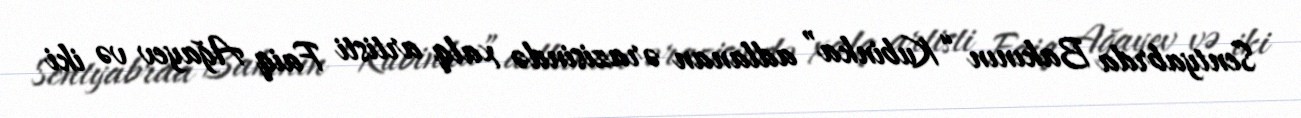
Sentyabrda Bakının “Kubinka” adlanan ərazisində xalq artisti Faiq Ağayev və iki